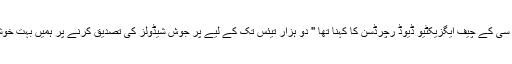
آئی سی سی کے چيف ایگزیکٹیو ڈیوڈ رچرڈسن کا کہنا تھا '' دو ہزار تیئس تک کے لیے پر جوش شیڈولز کی تصدیق کرنے پر ہمیں بہت خوشی ہے۔